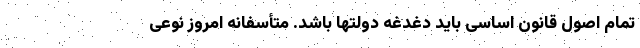
تمام اصول قانون اساسی باید دغدغه دولتها باشد. متأسفانه امروز نوعی